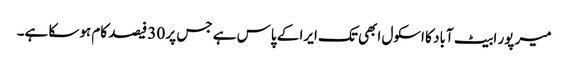
میر پور ابیٹ آباد کا اسکول ابھی تک ایرا کے پاس ہے جس پر 30 فیصد کام ہوسکا ہے۔